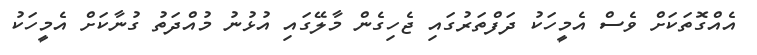
އެއްގޮތަކަށް ވެސް އެމީހަކު ދަފްތަރުގައި ޖެހިގެން މާލޭގައި އުޅުނު މުއްދަތު ގުނާކަށް އެމީހަކު